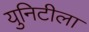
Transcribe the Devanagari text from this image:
युनिटीला